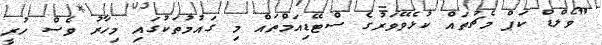
"ވޯލްޑް ކަޕް މެޗުތައް ކުޅެވޭވަރުގެ ސްޓޭޑިއަމްތައް މި ގައުމުތަކުގައި މިހާރު ވެސް ހުރީ